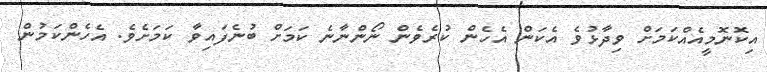
އިކޮނޮމީއެއްކަމަށް ވިދާޅުވެ އެކަން އެހެން ކުރެވެން ނޯންނާނެ ކަމަށް ބުނެފައިވާ ކަމަށެވެ. އެހެންކަމުން